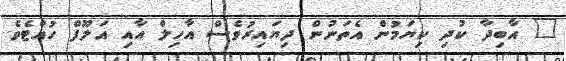
" އާބިދާ ކުދި ކިޔަމުން އެތަނުން ދިޔައިރުވެސް އާހިލް އާއި އަލޫފް ހުއްޓެވެ.